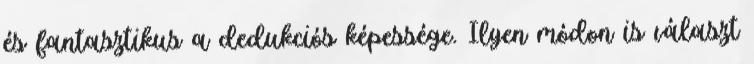
és fantasztikus a dedukciós képessége. Ilyen módon is választ